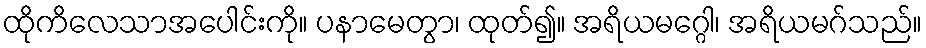
ထိုကိလေသာအပေါင်းကို။ ပနာမေတွာ၊ ထုတ်၍။ အရိယမဂ္ဂေါ၊ အရိယမဂ်သည်။